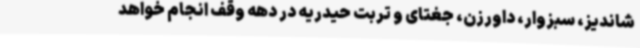
شاندیز، سبزوار، داورزن، جغتای و تربت حیدریه در دهه وقف انجام خواهد